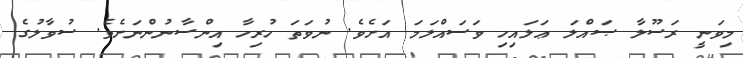
މިވަނީ ރަސޫލާ ޞައްލަ ޢަލައިހި ވަސައްލަމަ އަށެވެ. ނުވަތަ ހުރިހާ އިންސާނުންނަށެވެ. ސުވާލުގެ